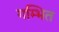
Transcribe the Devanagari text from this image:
गम्भित